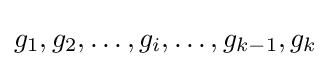
g_{1},g_{2},\ldots ,g_{i},\ldots ,g_{k-1},g_{k}